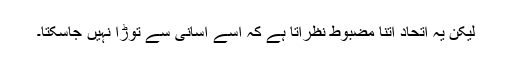
لیکن یہ اتحاد اتنا مضبوط نظرآتا ہے کہ اسے آسانی سے توڑا نہیں جاسکتا۔